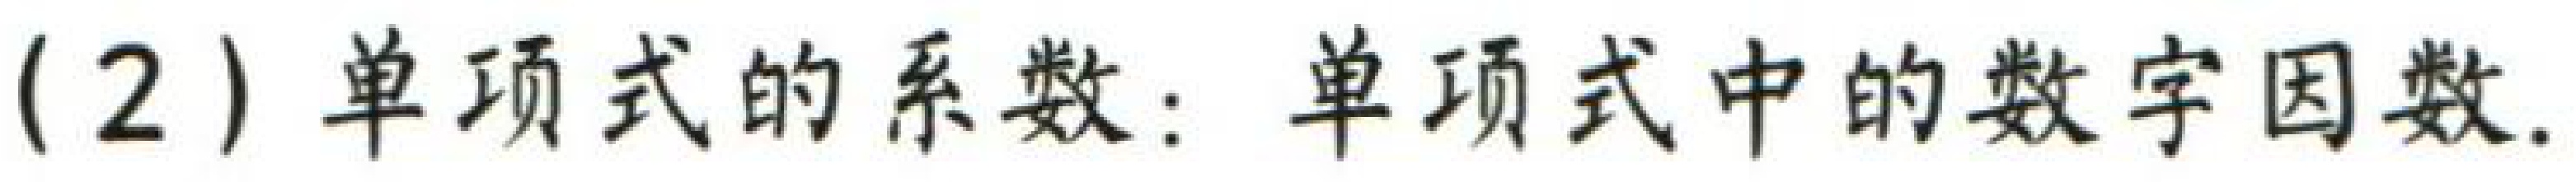
(2) 单项式的系数：单项式中的数字因数.